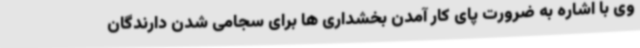
وی با اشاره به ضرورت پای کار آمدن بخشداری ها برای سجامی شدن دارندگان